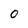
Character: O